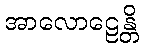
အာလောဠေန္တိ